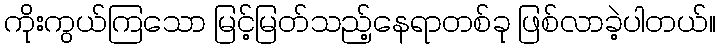
ကိုးကွယ်ကြသော မြင့်မြတ်သည့်နေရာတစ်ခု ဖြစ်လာခဲ့ပါတယ်။